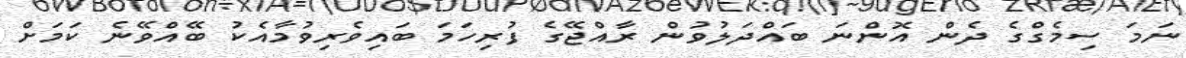
ނަމަ ސިމެގްގެ ދެން އޮންނަ ބައްދަލުވުން ރާއްޖޭގެ ފުރިހަމަ ބައިވެރިވުމާއެކު ބޭއްވޭނެ ކަމަށް